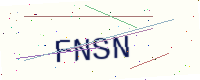
Text: FNSN